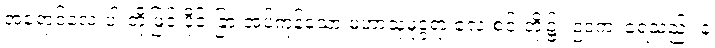
အရောင်လေးပါးတို့ဖြင့် ပိုင်းခြားအပ်ကုန်သော မဟာသုမုဒ္ဒရာ လေးစင်းတို့၌။ ဥဒကံ၊ ရေသည်။ န